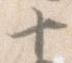
十